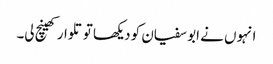
انہوں نے ابو سفیان کو دیکھا تو تلوار کھینچ لی۔